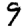
Digit: 9